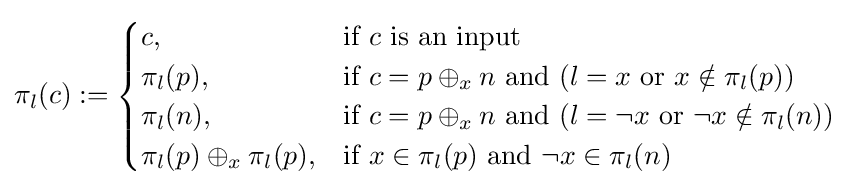
\pi _{l}(c):={\begin{cases}c,&{\text{if }}c{\text{ is an input}}\\\pi _{l}(p),&{\text{if }}c=p\oplus _{x}n{\text{ and }}(l=x{\text{ or }}x\notin \pi _{l}(p))\\\pi _{l}(n),&{\text{if }}c=p\oplus _{x}n{\text{ and }}(l=\neg x{\mbox{ or }}\neg x\notin \pi _{l}(n))\\\pi _{l}(p)\oplus _{x}\pi _{l}(p),&{\text{if }}x\in \pi _{l}(p){\text{ and }}\neg x\in \pi _{l}(n)\end{cases}}